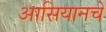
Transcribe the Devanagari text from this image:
आसियानचे